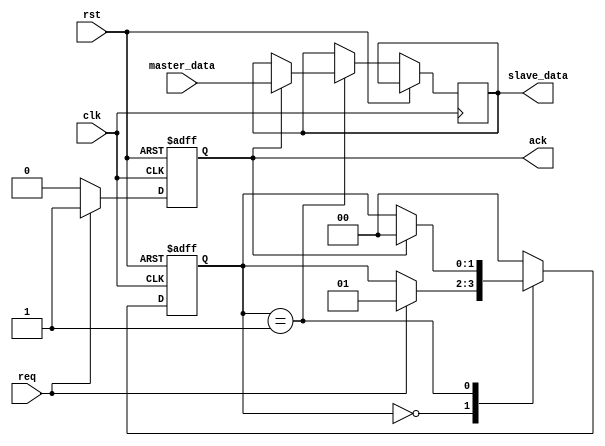
module two_phase_handshake (
    input wire clk,               // Clock signal
    input wire rst,               // Reset signal
    input wire req,               // Request signal from master
    output wire ack,              // Acknowledge signal from slave
    input wire [7:0] master_data, // Data from master
    output reg [7:0] slave_data   // Data to slave
);

// Internal states
reg master_req;
reg slave_ack;
reg [1:0] state; // 0: Idle, 1: Request Phase, 2: Acknowledge Phase

// State encoding
parameter IDLE = 2'b00;
parameter REQ_PHASE = 2'b01;
parameter ACK_PHASE = 2'b10;

assign ack = slave_ack;

// Master behavior
always @(posedge clk or posedge rst) begin
    if (rst) begin
        master_req <= 1'b0;
        state <= IDLE;
    end else begin
        case (state)
            IDLE: begin
                if (req) begin
                    master_req <= 1'b1; // Assert REQ
                    state <= REQ_PHASE;
                end
            end
            
            REQ_PHASE: begin
                // Master waits for the slave to acknowledge
                if (slave_ack) begin
                    // Proceed to next actions (e.g., sending data)
                    slave_data <= master_data; // Example data transfer
                    master_req <= 1'b0; // Deassert REQ
                    state <= IDLE; // Go back to idle
                end
            end
            
            default: state <= IDLE; // Default case
        endcase
    end
end

// Slave behavior
always @(posedge clk or posedge rst) begin
    if (rst) begin
        slave_ack <= 1'b0;
    end else begin
        if (req) begin
            // When REQ is asserted, prepare for ACK
            slave_ack <= 1'b1; // Assert ACK
        end else begin
            slave_ack <= 1'b0; // Deassert ACK after processing
        end
    end
end

endmodule